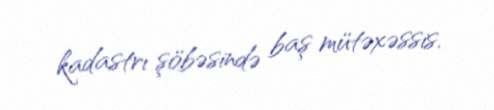
kadastrı şöbəsində baş mütəxəssis.